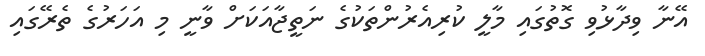
އޭނާ ވިދާޅުވި ގޮތުގައި މާލީ ކުރިއެރުންތަކުގެ ނަތީޖާއަކަށް ވާނީ މި އަހަރުގެ ތެރޭގައި